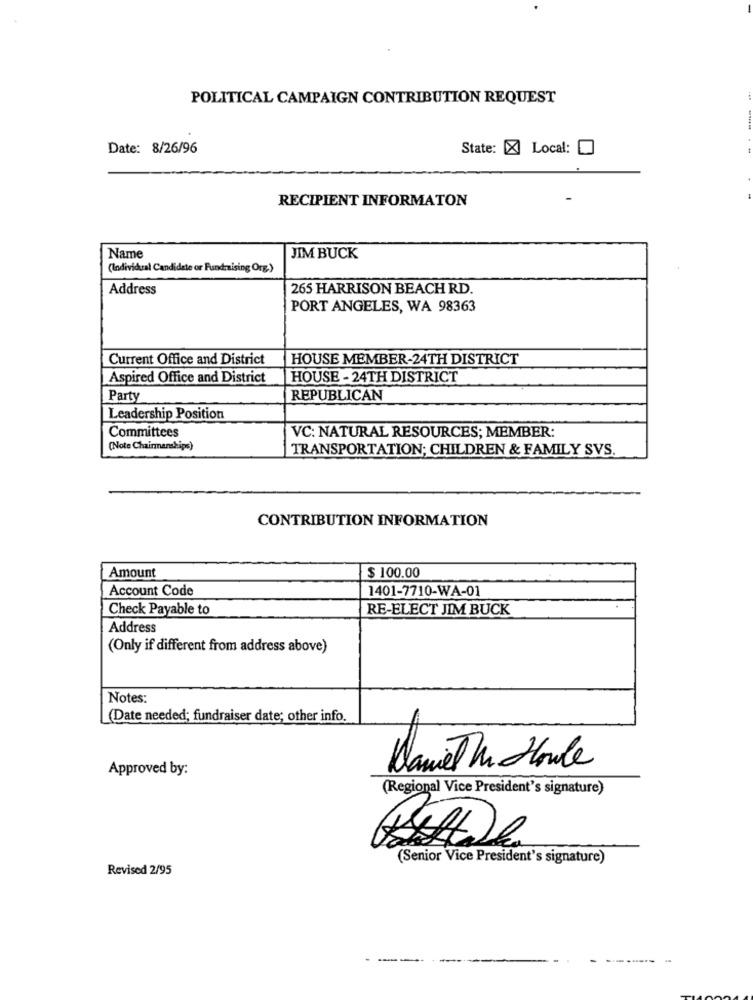
POLITICAL CAMPAIGN CONTRIBUTION REQUEST
Date: 8/26/96
State: X Local:
RECIPIENT INFORMATON
Name
JIM BUCK
(Individual Candidate or Fundraising Org.)
Address
265 HARRISON BEACH RD.
PORT ANGELES, WA 98363
Current Office and District
HOUSE MEMBER-24TH DISTRICT
Aspired Office and District
HOUSE - 24TH DISTRICT
Party
REPUBLICAN
Leadership Position
Committees
VC: NATURAL RESOURCES; MEMBER:
(Note Chairmanships)
TRANSPORTATION; CHILDREN & FAMILY SVS.
CONTRIBUTION INFORMATION
Amount
$ 100.00
Account Code
1401-7710-WA-01
Check Payable to
RE-ELECT JIM BUCK
Address
(Only if different from address above)
Notes:
(Date needed; fundraiser date; other info.
Approved by:
Daniel hr Hloule
(Regional Vice President's signature)
(Senior Vice President's signature)
Revised 2/95
----